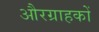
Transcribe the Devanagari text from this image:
औरग्राहकों